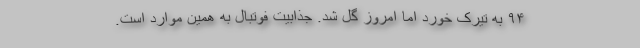
۹۴ به تیرک خورد اما امروز گل شد. جذابیت فوتبال به همین موارد است.